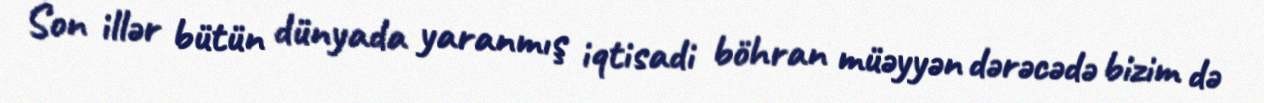
Son illər bütün dünyada yaranmış iqtisadi böhran müəyyən dərəcədə bizim də